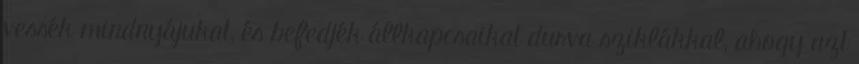
vessék mindnyájukat, és befedjék állkapcsaikat durva sziklákkal, ahogy azt